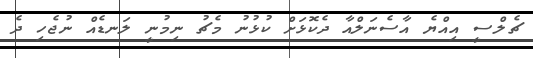
ޗެލްސީ އިއްޔެ އާސެނަލްއާ ދެކޮޅަށް ކުޅުނު މެޗު ނިމުނީ ލަނޑެއް ނުޖެހި ދެ